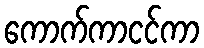
ကောက်ကာငင်ကာ